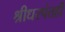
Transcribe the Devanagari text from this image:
श्रीधरपंतही